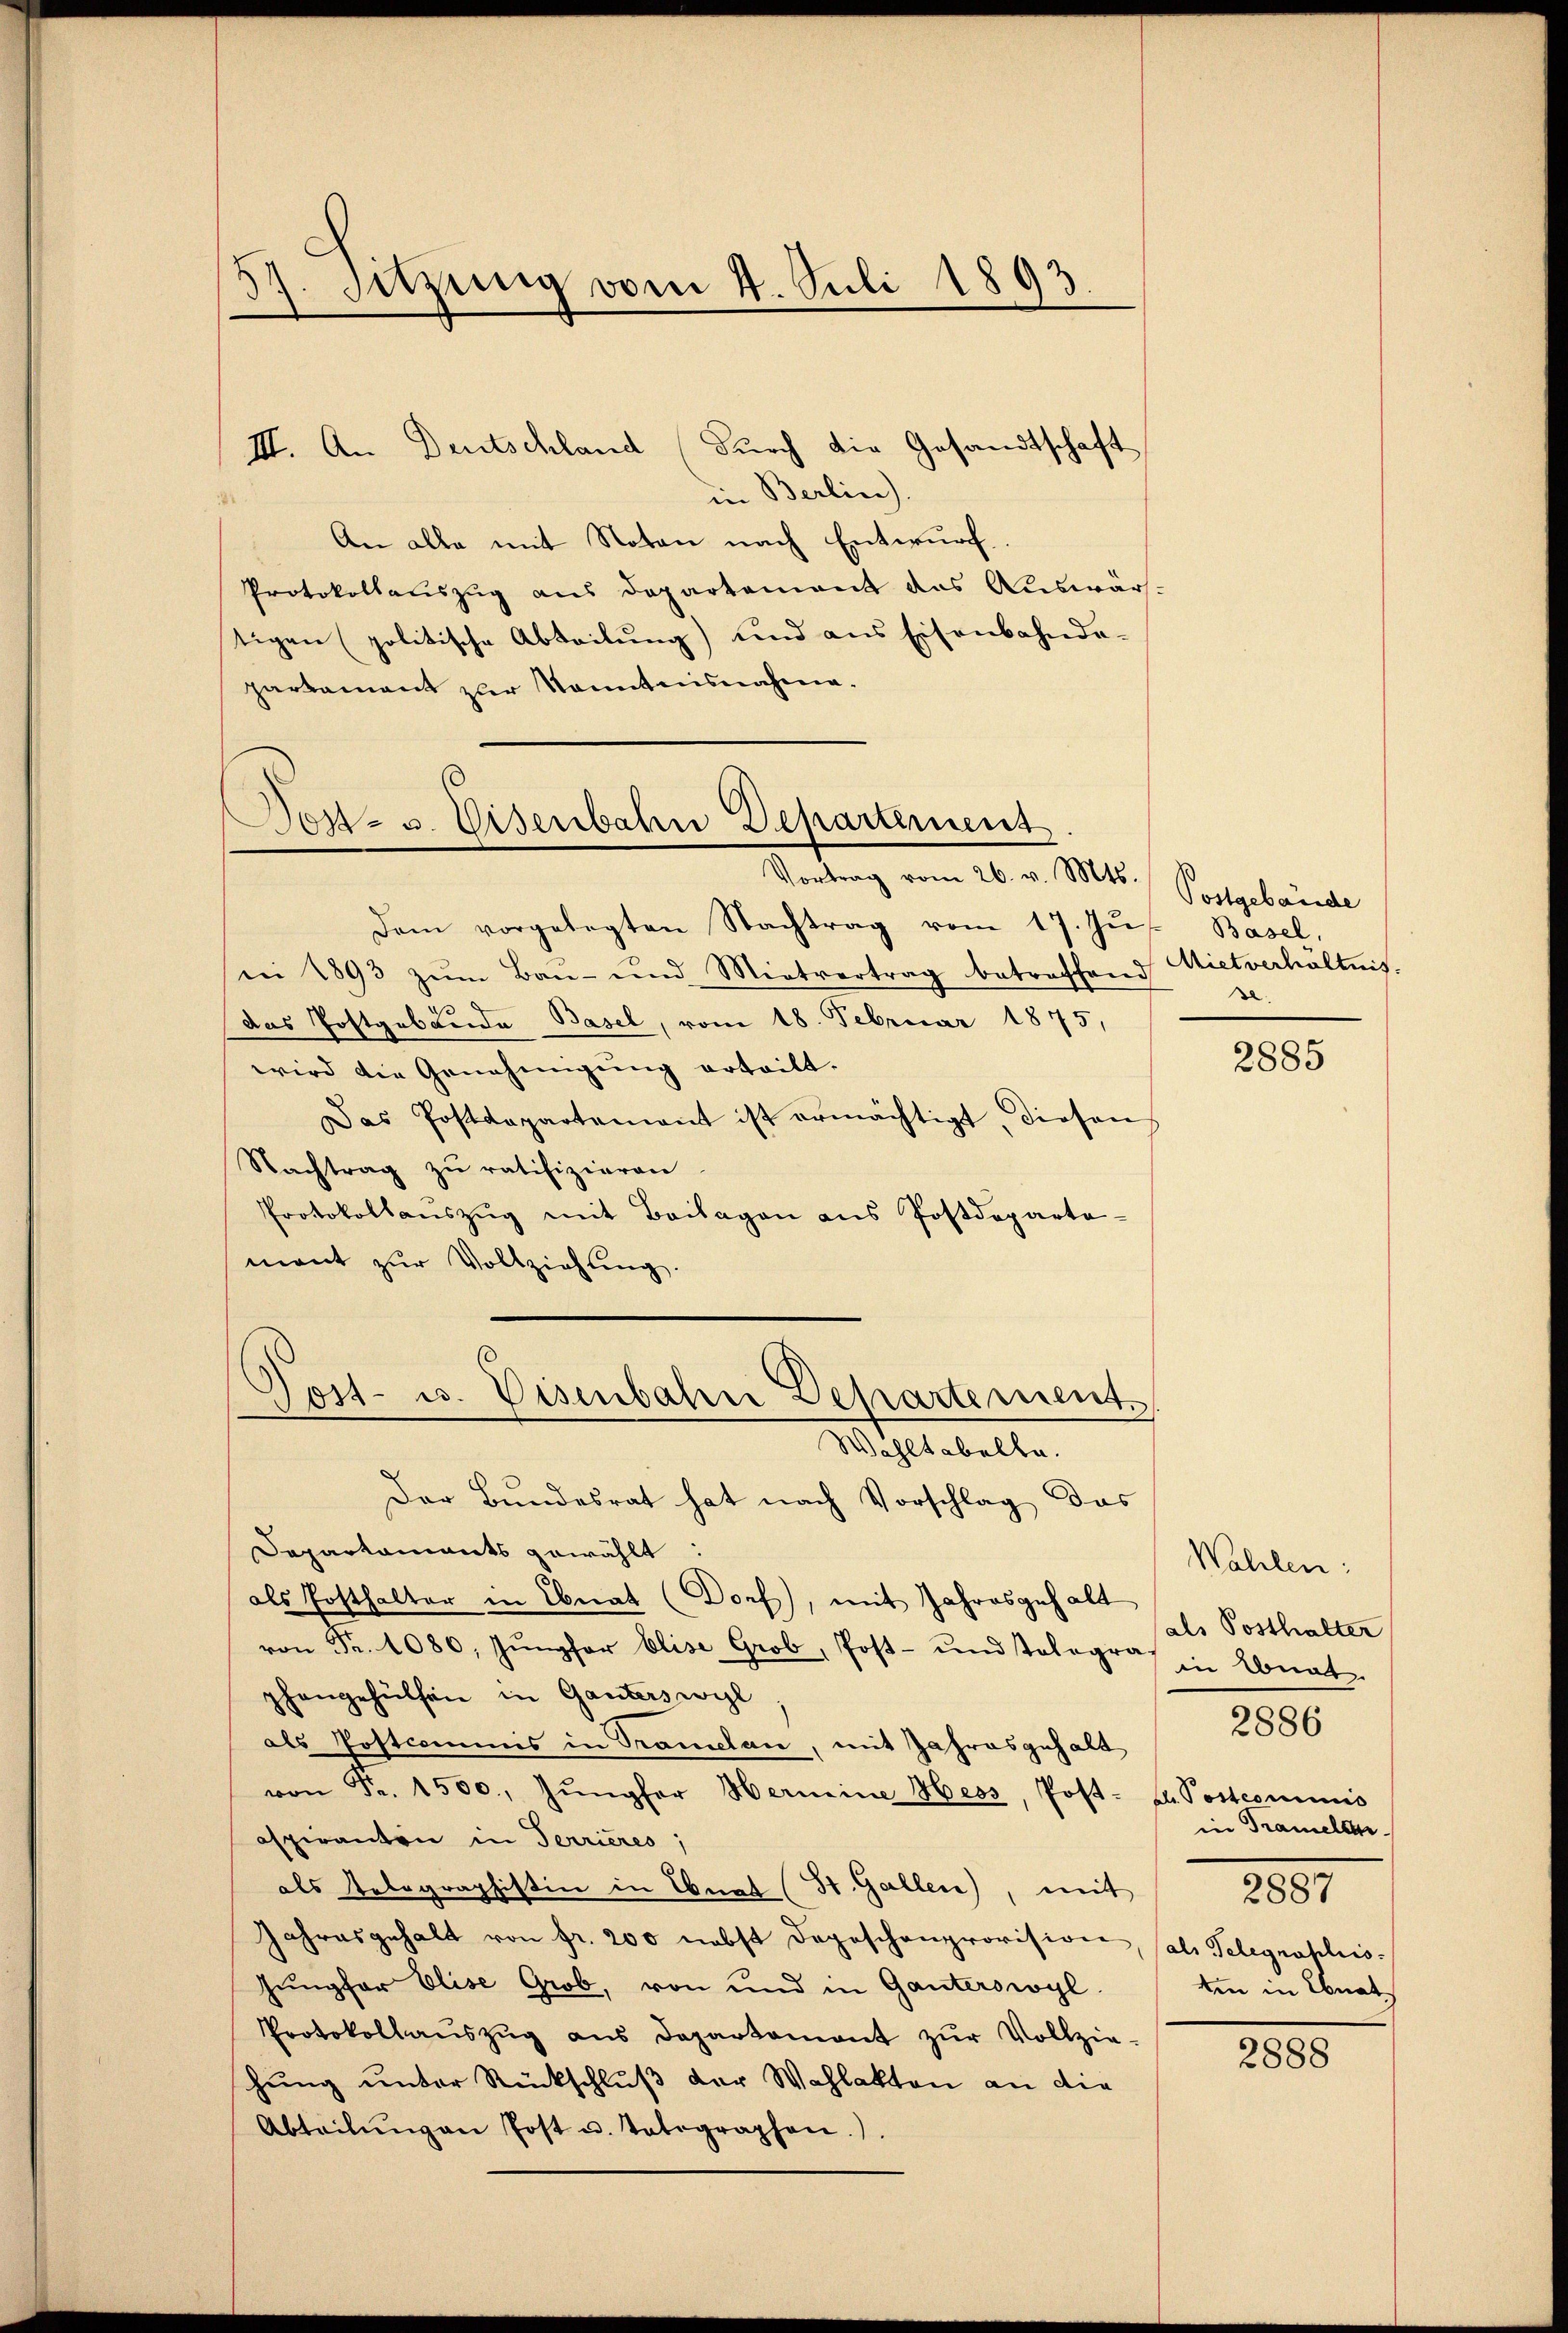
57. Sitzung vom 4. Juli 1893.

III. An Deutschland (durch die Gesandtschaft
in Berlin).
An alle mit Noten nach Entwurf.
Protokollauszug aus Departement das Auswärs-
tigen (politische Abteilung) und aus Eisenbahnda-
parkament zur Kenntnisnahme.

Post- u. Eisenbahn Departement
Vortrag vom 26. v. Mts.

Dem vorgelegten Nachtrag vom 17. Jŭs. Basel,
ni 1893 zŭm Bau- und Mietvertrag betreffend Mietverhältnis
das Postgablende Basel, vom 18. Februar 1875,
wird die Genehmigung erteilt.
Das Postdepartement ist ermächtigt, diesen
Nachtrag zu ratifizieren
Protokollauszug mit Beilagen aus Postdepartemant zŭr Vollziehung.
Der Bundesrat hat nach Vorschlag das
Departaments gewählt:
als Posthalter in Ebnat Dorf, mit Jahresgehalt
von Fr. 1080. Jŭngfor Elise Grob, Post- und Tolograf in Konat
phangehülfen in Ganterswil
als Postcommis in Tramelan, mit Jahresgehalt
von Fr. 1500. Jŭngfer Hermine Hess, Post- u. Postcommis
aspiranten in Terrieres,
als Telegraphistin in Ebnat (St. Gallen), mit
Jahresgehalt von fr. 200 nebst Depeschenprovision, (als Telegnaplis-
Jungfer Elise Grob, von und in Ganterswyl
Protokollaŭszŭg ans Departament zŭr Vollzie-
hung unter Rückschluß der Wahlakten an die
Abteilŭngen Post u. totographen.).

Jost- u. Eisenbahn Departement
Wohltabelle.

Postgebäude
se

2885

Wahlen:
als Posthalter
in Tramelle
2881
ten in Ebnat

2886

2888